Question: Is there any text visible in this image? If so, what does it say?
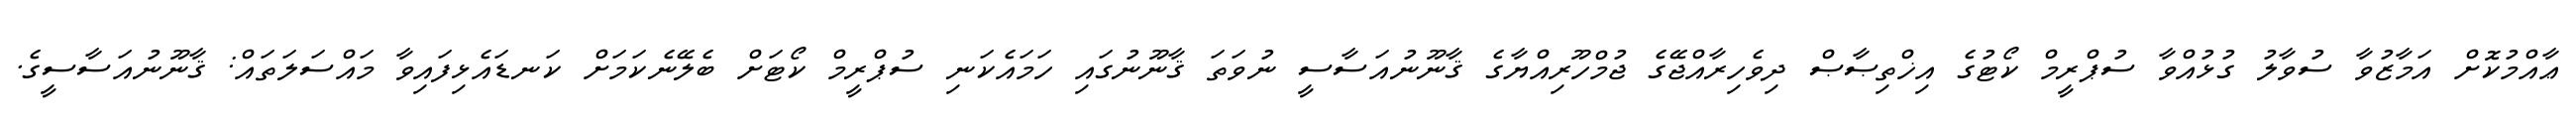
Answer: ޢާއްމުކޮށް އަމާޒުވާ ސުވާލު ގުޅުއްވާ ސުޕްރީމް ކޯޓުގެ އިޚްތިޞާޞް ދިވެހިރާއްޖޭގެ ޖުމްހޫރިއްޔާގެ ޤާނޫނުއަސާސީ ނުވަތަ ޤާނޫނުގައި ހަމައެކަނި ސުޕްރީމް ކޯޓަށް ބެލޭނެކަމަށް ކަނޑައެޅިފައިވާ މައްސަލަތައް: ޤާނޫނުއަސާސީގެ.